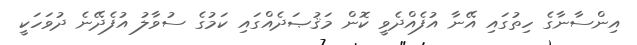
އިންސާނާގެ ހިތުގައި އޭނާ އުފެއްދެވީ ކޮން މަޤުޞަދެއްގައި ކަމުގެ ސުވާލު އުފެދޭނެ ދުވަހަކީ